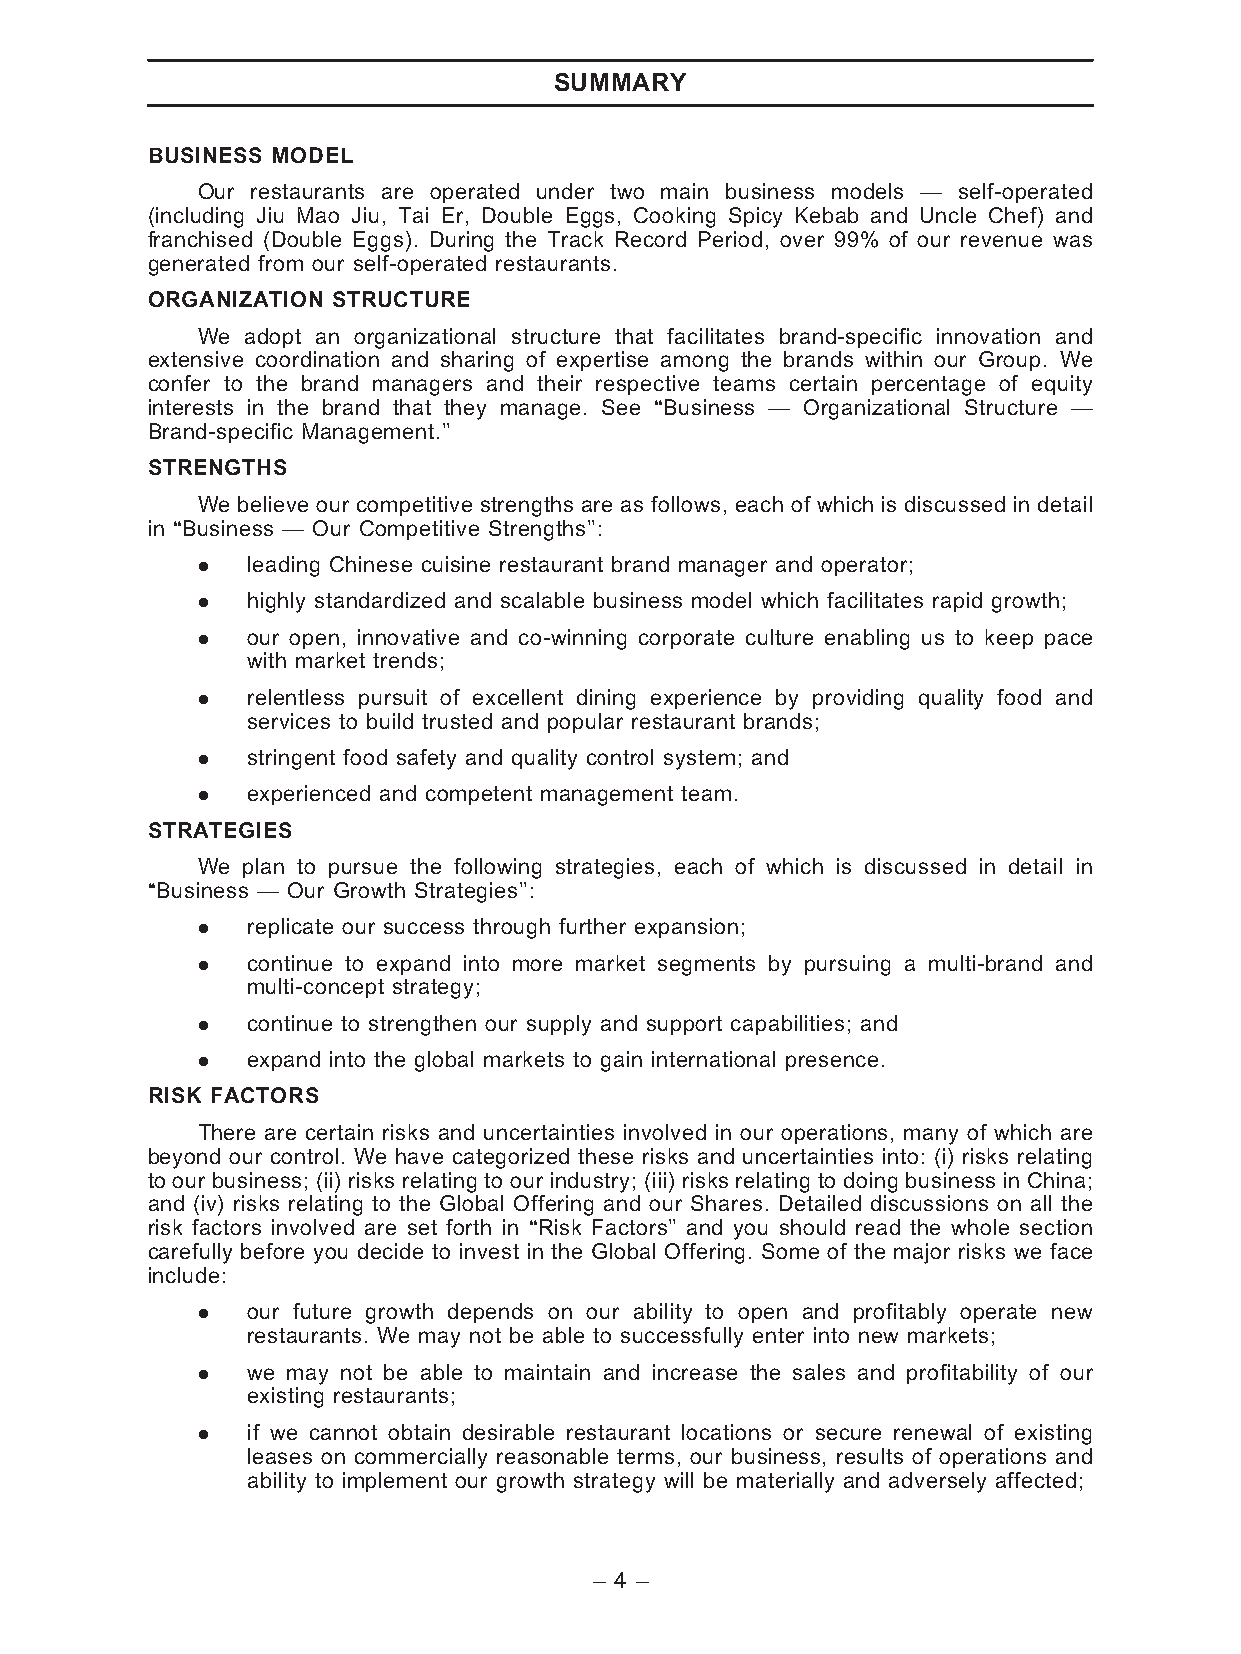
SUMMARY
 BUSINESS MODEL
 Our restaurants are operated under two main business models — self-operated
 (including Jiu Mao Jiu, Tai Er, Double Eggs, Cooking Spicy Kebab and Uncle Chef) and
 franchised (Double Eggs). During the Track Record Period, over 99% of our revenue was
 generated from our self-operated restaurants.
 ORGANIZATION STRUCTURE
 We adopt an organizational structure that facilitates brand-specific innovation and
 extensive coordination and sharing of expertise among the brands within our Group. We
 confer to the brand managers and their respective teams certain percentage of equity
 interests in the brand that they manage. See ‘‘Business — Organizational Structure —
 Brand-specific Management.’’
 STRENGTHS
 We believe our competitive strengths are as follows, each of which is discussed in detail
 in ‘‘Business — Our Competitive Strengths’’:
 .  leading Chinese cuisine restaurant brand manager and operator;
 .  highly standardized and scalable business model which facilitates rapid growth;
 .  our open, innovative and co-winning corporate culture enabling us to keep pace
 with market trends;
 .  relentless pursuit of excellent dining experience by providing quality food and
 services to build trusted and popular restaurant brands;
 .  stringent food safety and quality control system; and
 .  experienced and competent management team.
 STRATEGIES
 We plan to pursue the following strategies, each of which is discussed in detail in
 ‘‘Business — Our Growth Strategies’’:
 .  replicate our success through further expansion;
 .  continue to expand into more market segments by pursuing a multi-brand and
 multi-concept strategy;
 .  continue to strengthen our supply and support capabilities; and
 .  expand into the global markets to gain international presence.
 RISK FACTORS
 There are certain risks and uncertainties involved in our operations, many of which are
 beyond our control. We have categorized these risks and uncertainties into: (i) risks relating
 to our business; (ii) risks relating to our industry; (iii) risks relating to doing business in China;
 and (iv) risks relating to the Global Offering and our Shares. Detailed discussions on all the
 risk factors involved are set forth in ‘‘Risk Factors’’ and you should read the whole section
 carefully before you decide to invest in the Global Offering. Some of the major risks we face
 include:
 .  our future growth depends on our ability to open and profitably operate new
 restaurants. We may not be able to successfully enter into new markets;
 .  we may not be able to maintain and increase the sales and profitability of our
 existing restaurants;
 .  if we cannot obtain desirable restaurant locations or secure renewal of existing
 leases on commercially reasonable terms, our business, results of operations and
 ability to implement our growth strategy will be materially and adversely affected;
 – 4 –